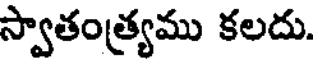
స్వాతంత్ర్యము కలదు.